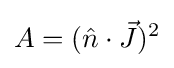
A=({\hat {n}}\cdot {\vec {J}})^{2}